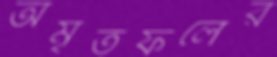
অমৃতফলের